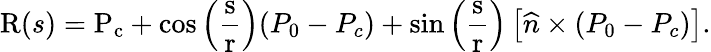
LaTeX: \mathrm{R}(s)=\mathrm{P_{c}}+\cos\left({\frac{\mathrm{s}}{\mathrm{r}}}\right)(P_{0}-P_{c})+\sin\left({\frac{\mathrm{s}}{\mathrm{r}}}\right)\left[{\widehat{n}}\times(P_{0}-P_{c})\right].